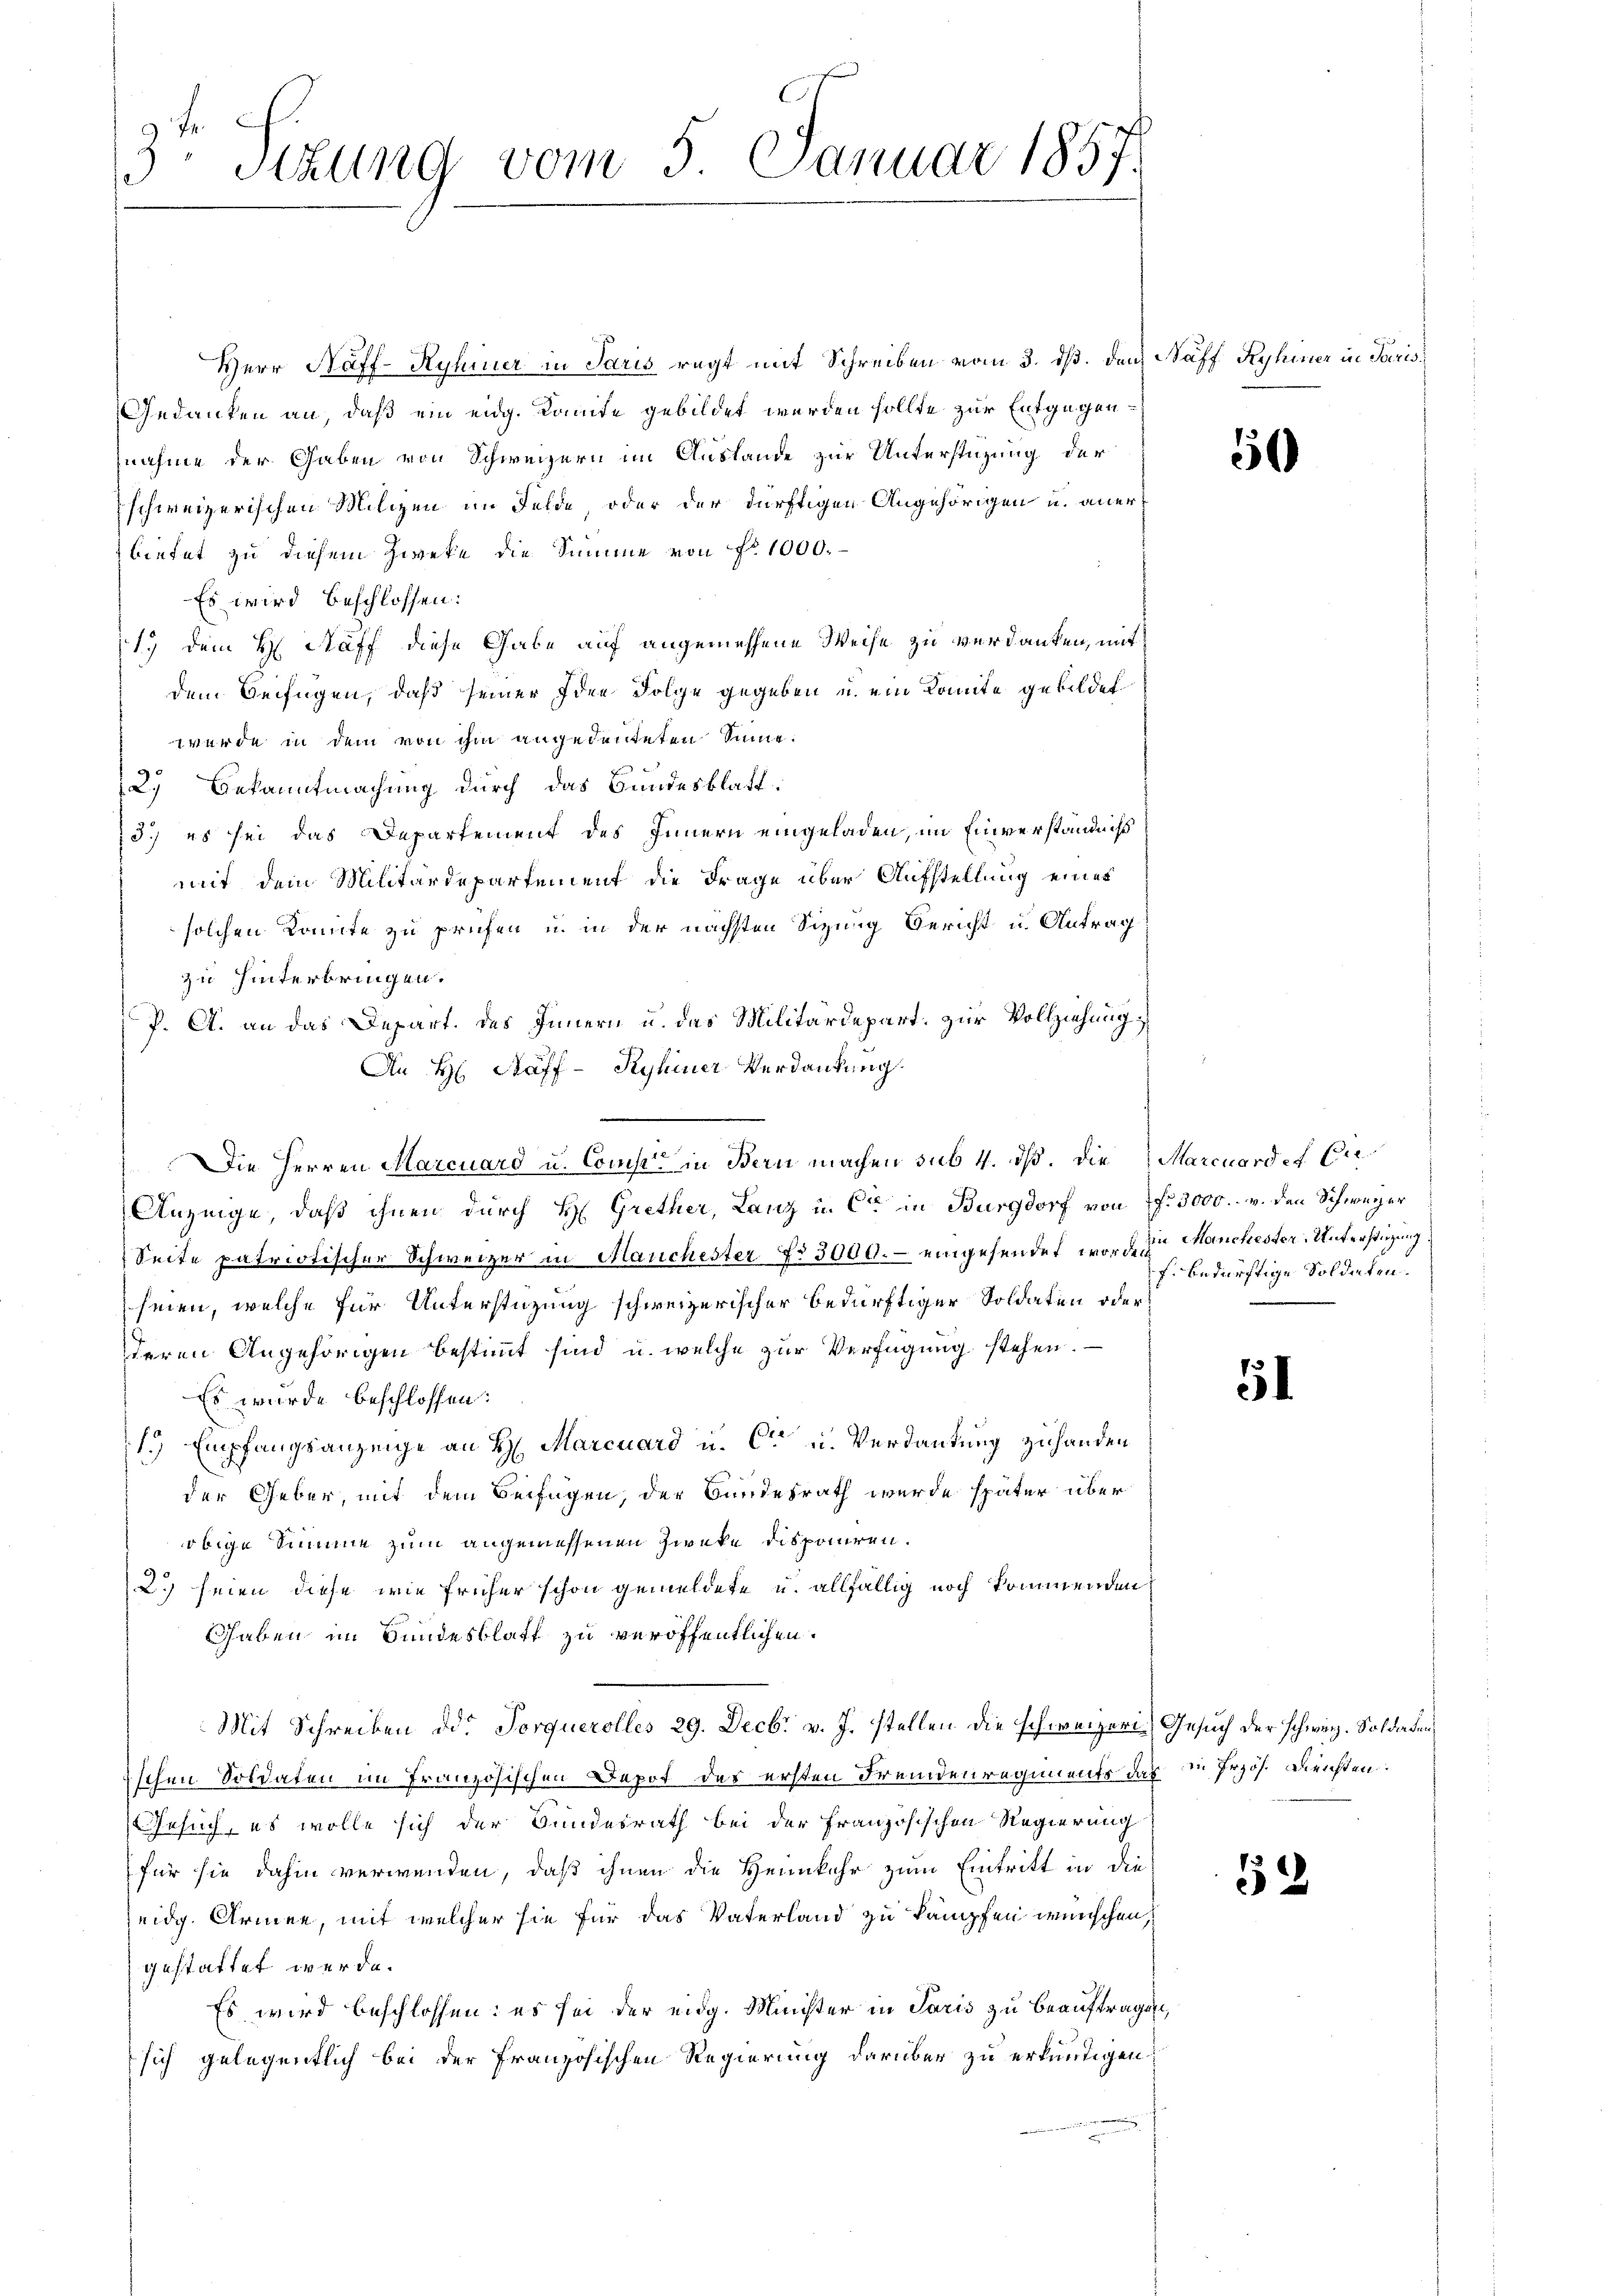
3te Sizung vom 5. Januar 1857.

Herr Haff-Ryhmer in Paris regt mit Schreiben vom 3. dß. durch Naff Ryhier in Paris¬
Gedanken an, daß ein eidg. Komite gebildet werden sollte zur Entgegennahme der Gaben von Schweizern im Auslande zur Unterstüzung der
schweizerischen Milizen im Felde, oder der dürftigen Angehörigen u. anerbietet zu diesem Zwecke die Summe von No 1000.
Es wird beschlossen:
1. dem H. Auff diese Gabe auf angemessene Weise zu verdanken, mit
dem Beifügen, daß seiner Idee Folge gegeben u. ein Komite gebildet
werde in dem von ihm angedeuteten Sinne.
2. Bekanntmachung durch das Bundesblatt.
73.) es sei das Departement des Innern eingeladen, im Einverständniß
mit dem Militärdepartement die Frage über Aufstellung eines
solchen Konnte zu prüfen u. in der nächsten Sitzung Bericht u. Antrag
zu hinterbringen.
P. A. an das Depart. des Innern u. das Militärdepart. zur Vollziehung
An H. Auff - Kyhiner Verdankung.
Anzeige, daß ihnen durch H. Grether, Lanz in Cie in Burgdorf von Nr. 3000. v. den Schweizer
Seite patriotischer Schweizer in Hauchester No 3000.- eingesendet worden Manchester Unterstüzung.
seien, welche für Unterstüzung schweizerischer bedürftiger Soldaten oder
deren Angehörigen bestimmt sind, u. welche zur Verfügung stehen.
Es wurde beschlossen:
1.) Empfangsanzeige an H: Marcuard u. Ce u. Verdankung zu handen
der Geber, mit dem Beifügen, der Bundesrath wurde später über
obige Summe zum angemessenen Zwecke disponiren.
2. seien diese wie früher schon gemeldete u. allfällig noch kommenden
Ghaben im Bundesblatt zu veröffentlichen.
Mit Schreiben dd. Torquerolles 29. Decbr v. J. stellen die schweizer Gesuch der schweiz. Soldaten,
Eschen Soldaten im französischen Depot des ersten Fremdenregiments das in Przös. Diensten.
Gesuch, es wolle sich der Bundesrath bei der Französischen Regierung
für sie dahin verwenden, daß ihnen die Heimkehr zum Eintritt in die
eidg. Armen, mit welcher sie für das Vaterland zu kämpfen wünschen,
gestattet werde.
Es wird beschlossen: es sei der eidg. Minister in Paris zu beauftragen,
sich gelegentlich bei der Französischen Regierung darüber zu erkundigen

Die Herren Marcuard u. Compt in Bern machen sub 4. dß. Die Marcuardes Cir¬

50

f. bedürftige Soldeten.

51

2